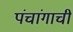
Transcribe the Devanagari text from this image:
पंचांगाची